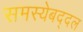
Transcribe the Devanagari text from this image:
समस्येबद्दल